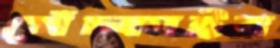
খেঁচ্‌কাইব